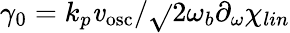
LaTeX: \gamma_{0}=k_{p}\mathit{v}_{\mathrm{{{osc}}}}/\sqrt{}{{2\omega_{b}\partial_{\omega}\chi_{lin}}}